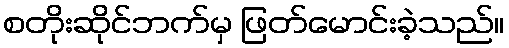
စတိုးဆိုင်ဘက်မှ ဖြတ်မောင်းခဲ့သည်။